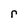
Character: r